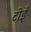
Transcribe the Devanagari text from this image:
टीई